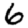
Digit: 6